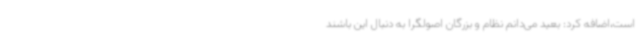
است،اضافه کرد: بعید می‌دانم نظام و بزرگان اصولگرا به دنبال این باشند